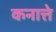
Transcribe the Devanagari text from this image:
कनात्ते